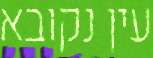
עין נקובא